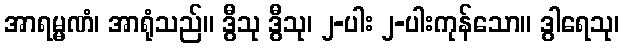
အာရမ္မဏံ၊ အာရုံသည်။ ဒွီသု ဒွီသု၊ ၂-ပါး ၂-ပါးကုန်သော။ ဒွါရေသု၊